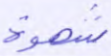
شهوة